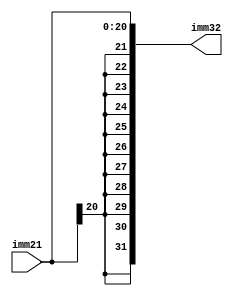
`timescale 1ns / 1ps
//////////////////////////////////////////////////////////////////////////////////
// Company: 
// Engineer: 
// 
// Design Name: 
// Module Name:    signextension_21 
// Project Name: 
// Target Devices: 
// Tool versions: 
// Description: 
//
// Dependencies: 
//
// Revision: 
// Revision 0.01 - File Created
// Additional Comments: 
//
//////////////////////////////////////////////////////////////////////////////////
module signextension_21(input [20:0] imm21, output  [31:0] imm32);

	assign imm32[31:0] = { {11{imm21[20]}},imm21[20:0] };


endmodule